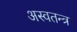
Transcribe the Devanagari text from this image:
अस्वतन्त्र